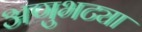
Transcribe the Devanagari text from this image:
अणुभट्या